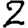
Digit: 2